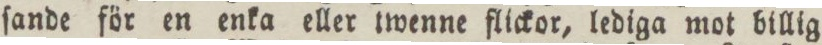
ſande för en enka eller twenne flickor, lediga mot billig